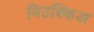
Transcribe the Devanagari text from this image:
मिउक्किअ